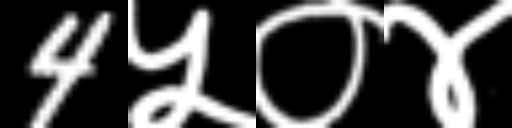
Text: 4५०४